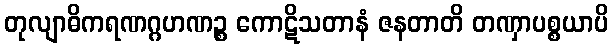
တုလျာဓိကရဏဂ္ဂဟဏဉ္စ ကောဋိသတာနံ ဇနတာတိ တဏှာပစ္စယာပိ